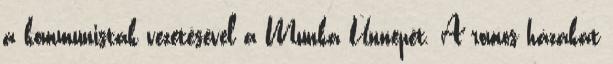
a kommunisták vezetésével a Munka Ünnepét. A romos házakat